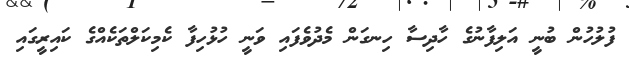
ފުލުހުން ބުނީ އަލިފާނުގެ ހާދިސާ ހިނގަން މެދުވެފައި ވަނީ ހުޅުހިފާ ކެމިކަލްތަކެއްގެ ކައިރީގައި